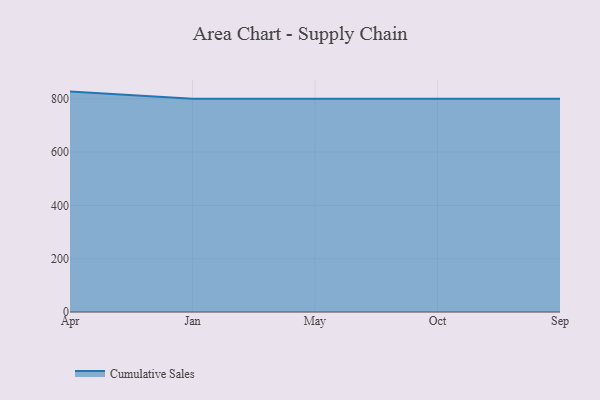
{"axis": {"x": "Month", "y": "Operating Costs (USD K)"}, "legend": ["Cumulative Sales"], "data": [{"x": "Apr", "y": 827.1, "type": "Cumulative Sales"}, {"x": "Jan", "y": 800, "type": "Cumulative Sales"}, {"x": "May", "y": 800, "type": "Cumulative Sales"}, {"x": "Oct", "y": 800, "type": "Cumulative Sales"}, {"x": "Sep", "y": 800, "type": "Cumulative Sales"}]}